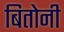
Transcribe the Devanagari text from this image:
बितोनी